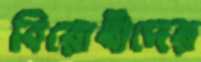
বিরোধীদের